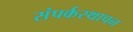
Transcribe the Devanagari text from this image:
संपर्कस्थापन